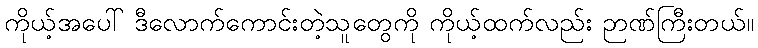
ကိုယ့်အပေါ် ဒီလောက်ကောင်းတဲ့သူတွေကို ကိုယ့်ထက်လည်း ဉာဏ်ကြီးတယ်။